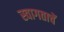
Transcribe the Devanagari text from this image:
स्वागताचें